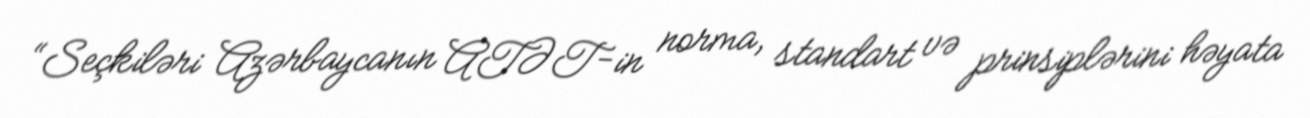
“Seçkiləri Azərbaycanın ATƏT-in norma, standart və prinsiplərini həyata